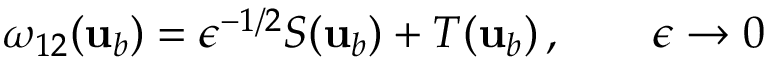
\omega _ { 1 2 } ( { \mathbf { u } } _ { b } ) = \epsilon ^ { - 1 / 2 } S ( { \mathbf { u } } _ { b } ) + T ( { \mathbf { u } } _ { b } ) \, , \qquad \epsilon \to 0